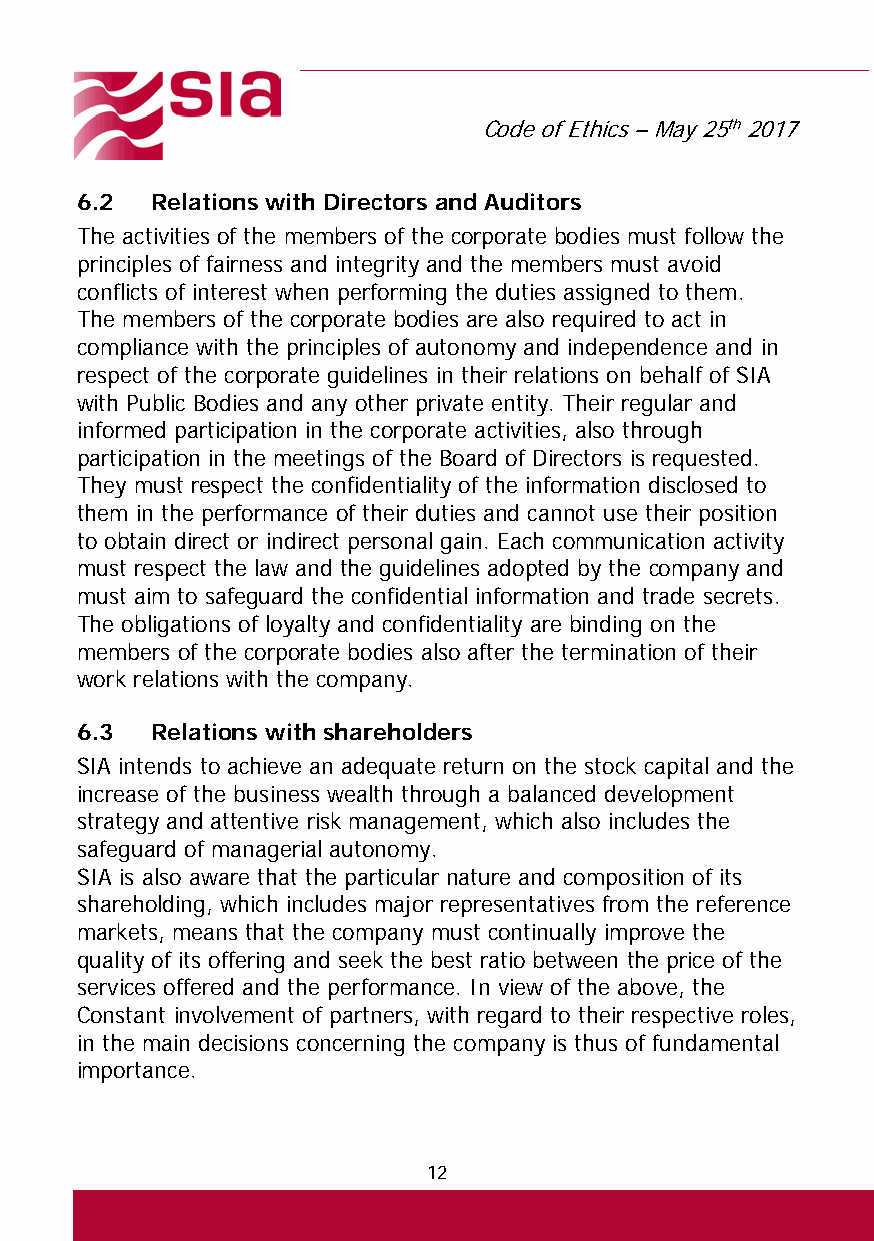
Code of Ethics – May 25th 2017
 6.2  Relations with Directors and Auditors
 The activities of the members of the corporate bodies must follow the
 principles of fairness and integrity and the members must avoid
 conflicts of interest when performing the duties assigned to them.
 The members of the corporate bodies are also required to act in
 compliance with the principles of autonomy and independence and in
 respect of the corporate guidelines in their relations on behalf of SIA
 with Public Bodies and any other private entity. Their regular and
 informed participation in the corporate activities, also through
 participation in the meetings of the Board of Directors is requested.
 They must respect the confidentiality of the information disclosed to
 them in the performance of their duties and cannot use their position
 to obtain direct or indirect personal gain. Each communication activity
 must respect the law and the guidelines adopted by the company and
 must aim to safeguard the confidential information and trade secrets.
 The obligations of loyalty and confidentiality are binding on the
 members of the corporate bodies also after the termination of their
 work relations with the company.
 6.3  Relations with shareholders
 SIA intends to achieve an adequate return on the stock capital and the
 increase of the business wealth through a balanced development
 strategy and attentive risk management, which also includes the
 safeguard of managerial autonomy.
 SIA is also aware that the particular nature and composition of its
 shareholding, which includes major representatives from the reference
 markets, means that the company must continually improve the
 quality of its offering and seek the best ratio between the price of the
 services offered and the performance. In view of the above, the
 Constant involvement of partners, with regard to their respective roles,
 in the main decisions concerning the company is thus of fundamental
 importance.
 12